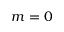
m = 0